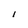
Character: 1